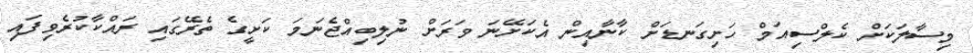
މިސާލަކަށް ކެލްސިއަމް ހަށިގަނޑަށް ކާނާއިން އެކަށޭނަ ވަރަށް ނުލިބިއްޖެނަމަ ކަށީގެ ތެރޭގައި ރައްކާކުރެވިފައި